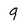
Character: 9